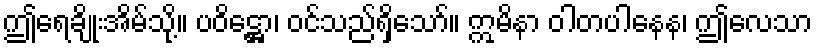
ဤရေချိုးအိမ်သို့။ ပဝိဋ္ဌော၊ ဝင်သည်ရှိသော်။ ဣမိနာ ဝါတပါနေန၊ ဤလေသာ